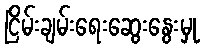
ငြိမ်းချမ်းရေးဆွေးနွေးမှု